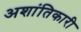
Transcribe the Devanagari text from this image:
अशांतिकारी